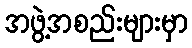
အဖွဲ့အစည်းများမှာ